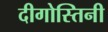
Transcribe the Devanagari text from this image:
दीगोस्तिनी